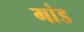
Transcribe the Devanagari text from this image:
गांड